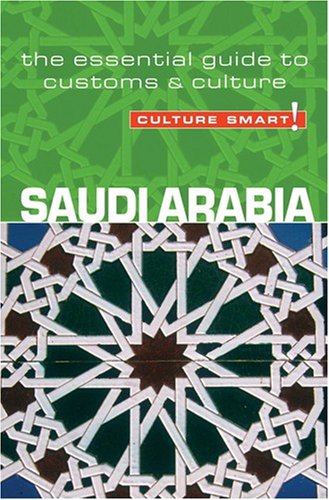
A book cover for Saudi Arabia - Culture Smart!: the essential guide to customs & culture; Nicolas Buchele; Business & Money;